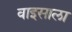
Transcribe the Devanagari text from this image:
वाइसाला